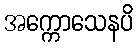
အက္ကောသေနပိ